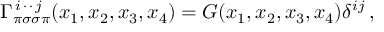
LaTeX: \Gamma _ { \pi \sigma \sigma \pi } ^ { \, i \, \cdot \, \cdot \, j } ( x _ { 1 } , x _ { 2 } , x _ { 3 } , x _ { 4 } ) = G ( x _ { 1 } , x _ { 2 } , x _ { 3 } , x _ { 4 } ) \delta ^ { i j } \, ,